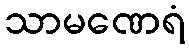
သာမဏေရံ